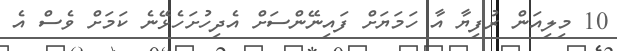
10 މިލިއަން ރުފިޔާ އާ ހަމަޔަށް ފައިނޭންސަށް އެދިހުށަހެޅޭނެ ކަމަށް ވެސް އެ